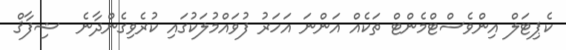
ކެޕިޓަލް އިންވެސްޓްމެންޓް ތަކެއް އަންނަ އަހަރު ފުވައްމުލަކުގައި ކުރެވިގެންދާނެ  ޝިފާޤް